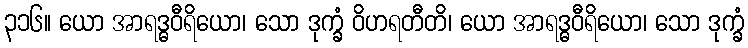
၃၁၆။ ယော အာရဒ္ဓဝီရိယော၊ သော ဒုက္ခံ ဝိဟရတီတိ၊ ယော အာရဒ္ဓဝီရိယော၊ သော ဒုက္ခံ